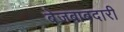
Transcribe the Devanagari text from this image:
बेजबाबदारी